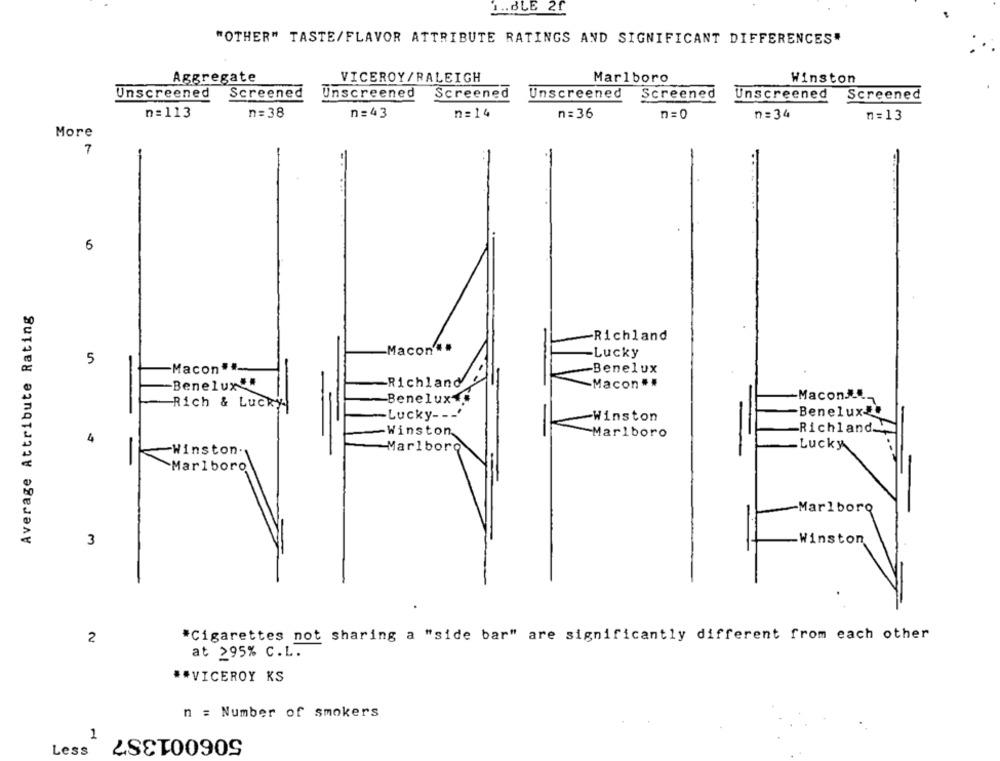
1 .. BLE 21
"OTHER" TASTE/FLAVOR ATTRIBUTE RATINGS AND SIGNIFICANT DIFFERENCES"
Aggregate
VICEROY/RALEIGH
Marlboro
Winston
Unscreened
Screened
Unscreened
Screened
Unscreened
Screened
Unscreened
Screened
n=113
n=38
n=43
n= 14
n = 36
n=0
n= 34
n= 13
More
7
5
Average Attribute Rating
-Richland
Macon" .
-Lucky
5
Macon##
-Benelux
Benelux
Richland
Macon ..
MaconAL.
Rich & Lucky
-Benelux-
Benelux
Lucky- - -
Winston
Richland
Winston
Marlboro
4
Marlboro
.Lucky
-Winston.
Marlboro
-Marlboro
3
-Winston
2
*Cigarettes not sharing a "side bar" are significantly different from each other
at 295% C.L.
** VICEROY KS
n = Number of smokers
506001387
1
Less